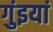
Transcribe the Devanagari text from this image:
गुंइयां